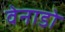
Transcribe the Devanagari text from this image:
वेनाडो